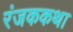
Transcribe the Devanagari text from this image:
रंजककथा